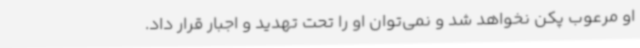
او مرعوب پکن نخواهد شد و نمی‌توان او را تحت تهدید و اجبار قرار داد.